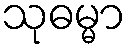
သုဓမ္မာ